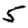
Digit: 5